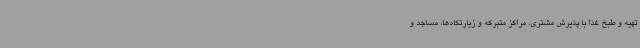
تهیه و طبخ غذا با پذیرش مشتری، مراکز متبرکه و زیارتگاه‌ها، مساجد و